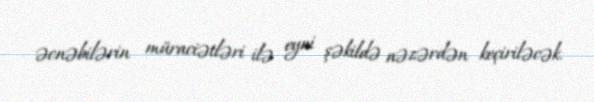
əcnəbilərin müraciətləri ilə eyni şəkildə nəzərdən keçiriləcək.